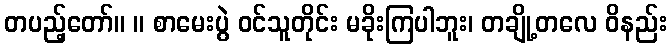
တပည့်တော်။ ။ စာမေးပွဲ ဝင်သူတိုင်း မခိုးကြပါဘူး၊ တချို့တလေ ဝိနည်း